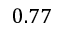
0 . 7 7